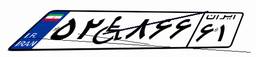
۵۲W۸۶۶۶۱